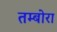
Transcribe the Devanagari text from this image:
तम्बोरा